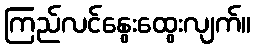
ကြည်လင်နွေးထွေးလျက်။